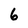
Character: 6